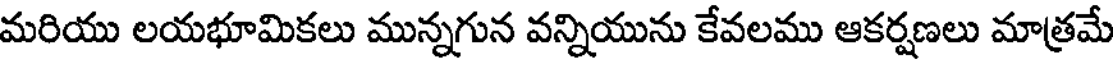
మరియు లయభూమికలు మున్నగున వన్నియును కేవలము ఆకర్షణలు మాత్రమే